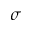
\sigma